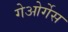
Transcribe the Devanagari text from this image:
गेओर्गेस